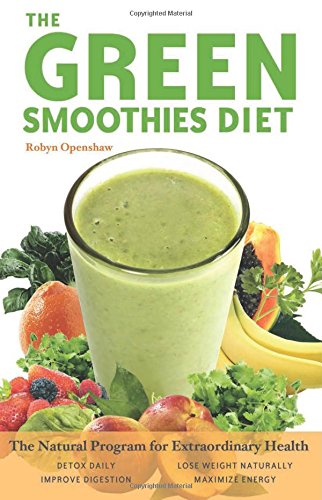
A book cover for Green Smoothies Diet: The Natural Program for Extraordinary Health; Robyn Openshaw; Cookbooks, Food & Wine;